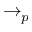
\to _ { p }